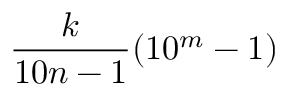
{ \frac { k } { 1 0 n - 1 } } ( 1 0 ^ { m } - 1 )